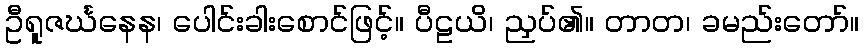
ဦရူဇင်္ဃနေန၊ ပေါင်းခါးစောင်ဖြင့်။ ပီဠယိ၊ ညှပ်၏။ တာတ၊ ခမည်းတော်။